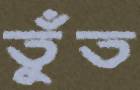
তুঁত